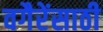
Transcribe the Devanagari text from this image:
वगैरेंसाठी